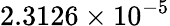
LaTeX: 2.3126\times 10^{-5}